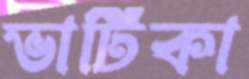
ভার্টিকা